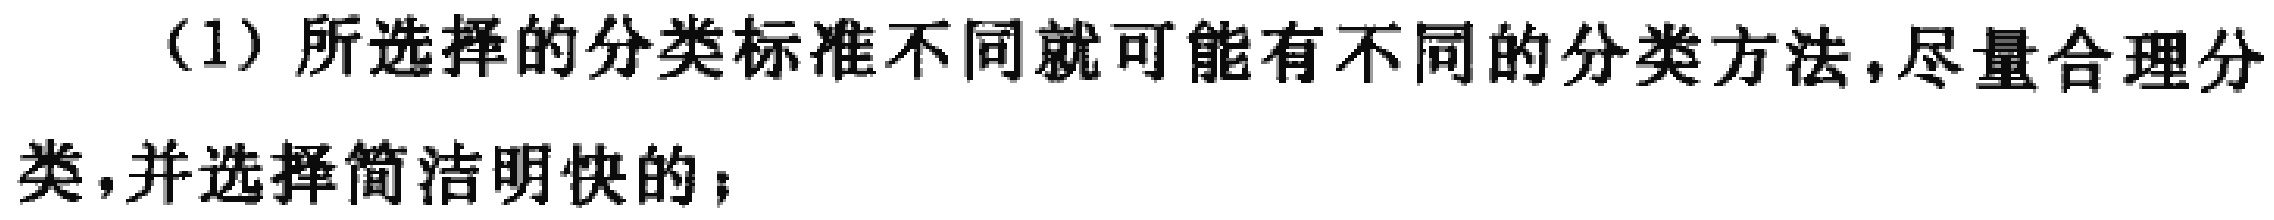
（1）所选择的分类标准不同就可能有不同的分类方法，尽量合理分类，并选择简洁明快的；